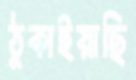
ঠুকাইয়াছি